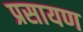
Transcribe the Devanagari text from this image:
प्रसायण